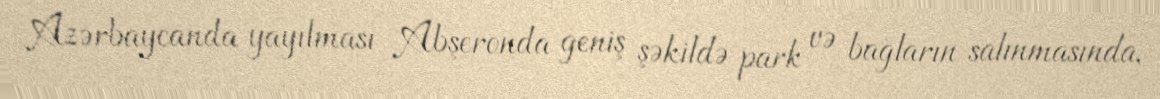
Azərbaycanda yayılması Abşeronda geniş şəkildə park və bağların salınmasında,